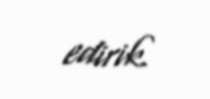
edirik.